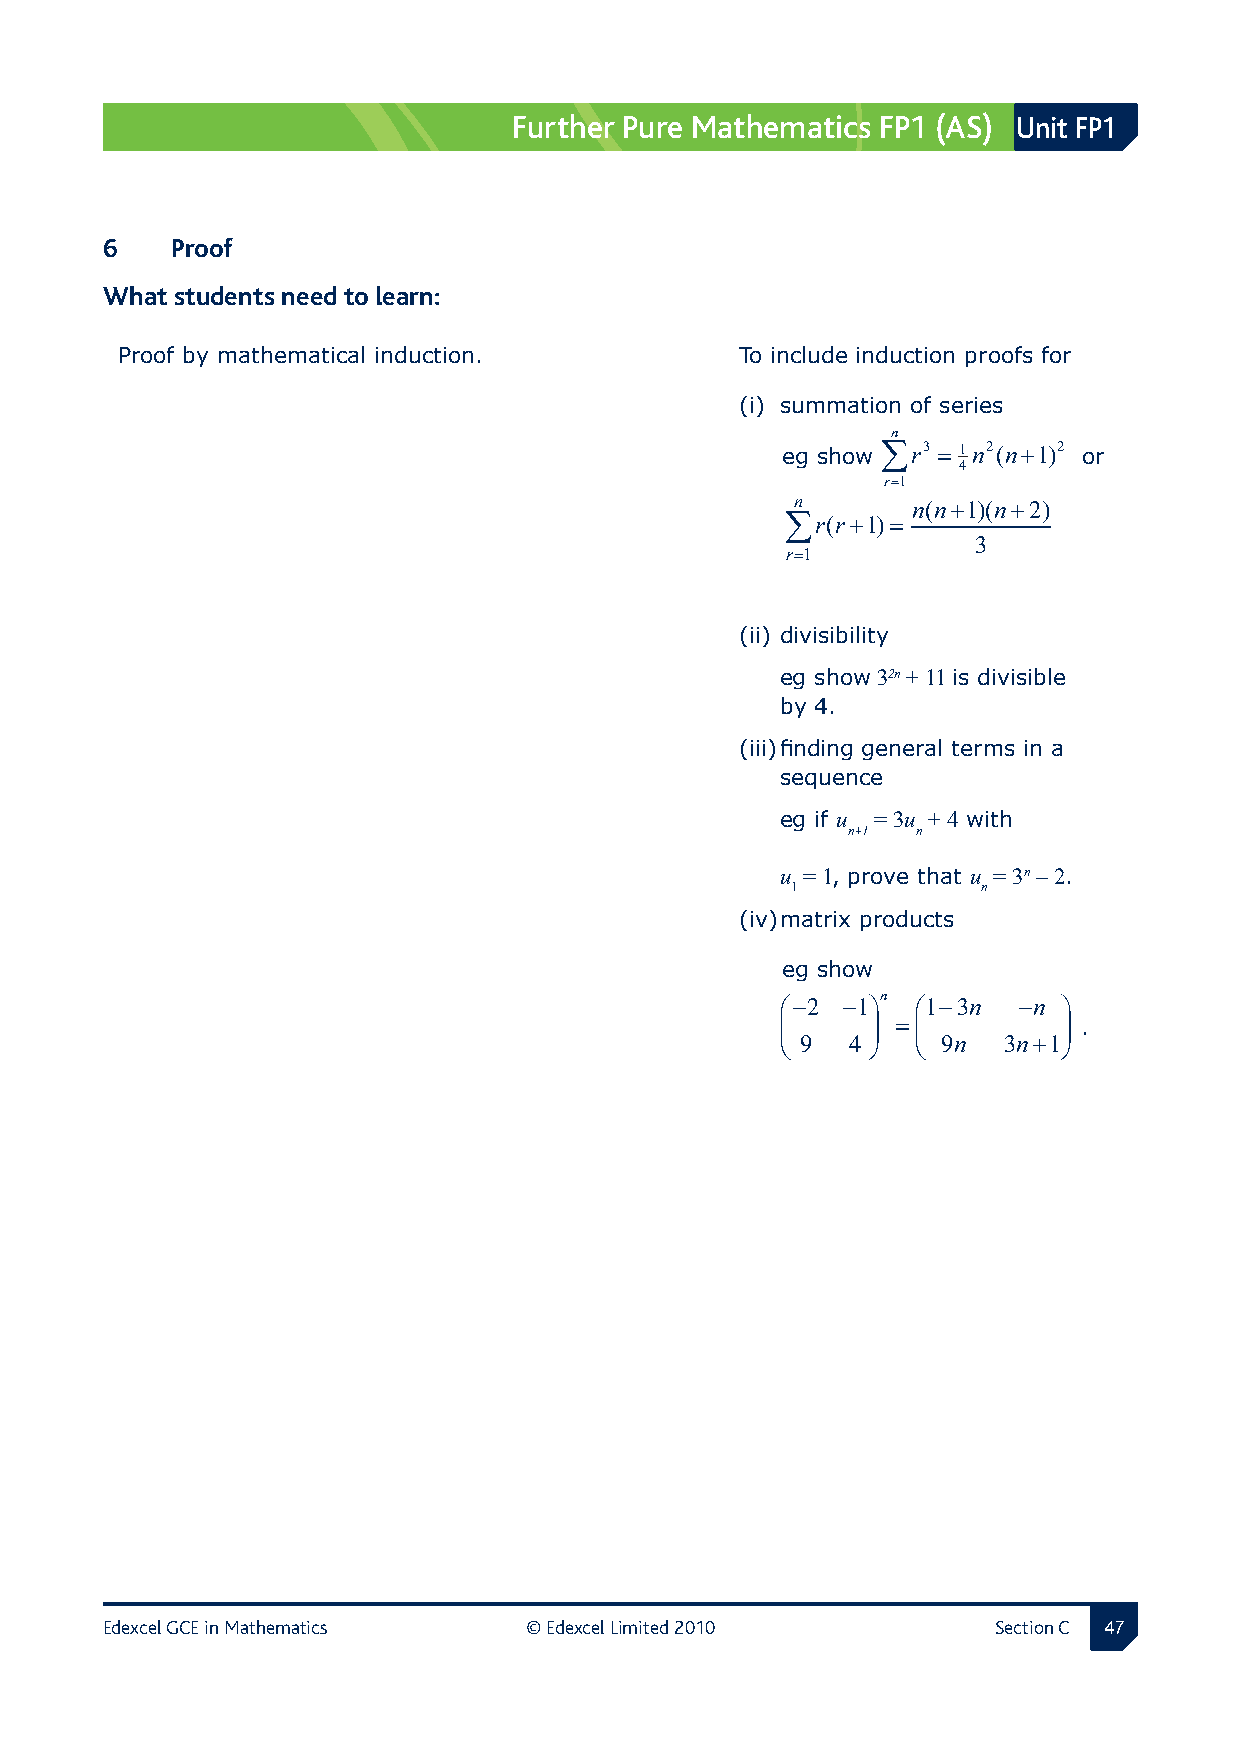
Further Pure Mathematics FP1 (AS) Unit FP1
 6  Proof
 What students need to learn:
 Proof by mathematical induction.         To include induction proofs for
 (i) summation of series
 n
 eg show ∑r3 = 1n2(n+1)2 or
 4
 r=1
 n      n(n+1)(n+2)
 ∑r(r+1)=
 3
 r=1
 (ii) divisibility
 eg show 32n + 11 is divisible
 by 4.
 (iii) finding general terms in a
 sequence
 eg if u = 3u + 4 with
 n+1  n
 u = 1, prove that u = 3n – 2.
 1            n
 (iv) matrix products
 eg show
 −2 −1n 1−3n −n 
       =         .
  9 4    9n 3n+1
 Edexcel GCE in Mathematics  © Edexcel Limited 2010         Section C 